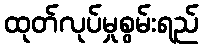
ထုတ်လုပ်မှုစွမ်းရည်